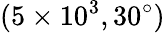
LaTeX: (5\times 10^{3},30^{\circ})